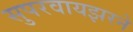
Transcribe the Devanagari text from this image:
सुपरवायझरने